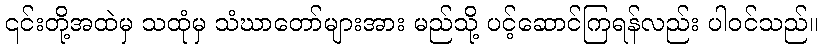
၎င်းတို့အထဲမှ သထုံမှ သံဃာတော်များအား မည်သို့ ပင့်ဆောင်ကြရန်လည်း ပါဝင်သည်။